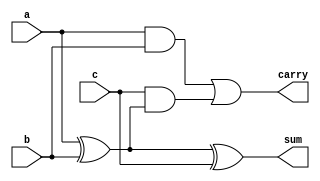
module full_adder(a,b,c,sum,carry);
input wire a;
input wire b,c;
output wire sum,carry;
assign sum=a^b^c;
assign carry=(a&b)|(c&(a^b));
endmodule
module adder_subtractor_4bit(a,b,cin,s,c);
input wire [3:0]a;
input wire [3:0]b;
input wire cin;
output wire [3:0]s;
output wire c;
wire w0,w1,w2,w3,c1,c2,c3;
xor x1(w0,b[0],cin);
xor x2(w1,b[1],cin);
xor x3(w2,b[2],cin);
xor x4(w3,b[3],cin);
full_adder fa1(a[0],w0,cin,s[0],c1);
full_adder fa2(a[1],w1,c1,s[1],c2);
full_adder fa3(a[2],w2,c2,s[2],c3);
full_adder fa4(a[3],w3,c3,s[3],c);
endmodule/*
module FOURBITADDERSUBRACTOR(input wire a,b,cin, output wire sum,cout );
assign sum = a^b^cin;
assign cout = (a&b)|(cin&(a^b));
endmodule


module ripplecarryaddsub #(parameter SIZE = 4)(input wire [SIZE-1:0] a,b, input wire  ctrl, output wire [SIZE-1:0] sum, output wire cout);

genvar g;
wire [SIZE:0]c;
wire [SIZE-1:0]d;
assign c[0] = ctrl;
assign d[0] = b[0] ^ ctrl;

FOURBITADDERSUBRACTOR addsub1(.a(a[0]),.b(d[0]),.cin(c[0]),.sum(sum[0]),.cout(c[1]));
generate 
for(g=1; g<SIZE; g=g+1)begin
assign d[g]=b[g]^ctrl;
FOURBITADDERSUBRACTOR addsub2 (.a(a[g]),.b(d[g]),.cin(c[g]),.sum(sum[g]),.cout(c[g+1]));
end
endgenerate
assign cout=c[SIZE];
endmodule*/